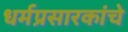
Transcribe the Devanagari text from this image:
धर्मप्रसारकांचे